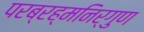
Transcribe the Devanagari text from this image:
परब्रह्मनिर्गुण